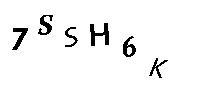
7SSH6K